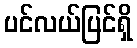
ပင်လယ်ပြင်ရှိ